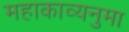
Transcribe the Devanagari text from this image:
महाकाव्यनुमा